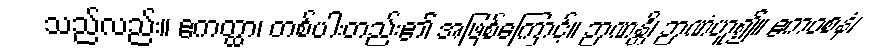
သည်လည်း။ ဧကတ္ထာ၊ တစ်ပါးတည်း၏ အဖြစ်ကြောင့်။ ဉာဏန္တိ၊ ဉာဏံဟူ၍။ ဧကဝစနံ၊